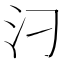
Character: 汈